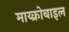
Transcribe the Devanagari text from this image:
माय्क्रोबाइल